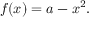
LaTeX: f ( x ) = a - x ^ { 2 } .